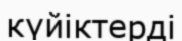
күйіктерді